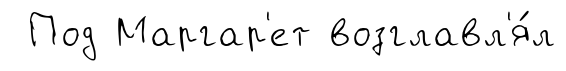
Под Маргар'ет возглавл'я́л